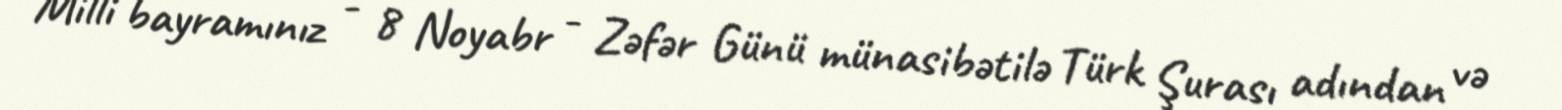
Milli bayramınız - 8 Noyabr - Zəfər Günü münasibətilə Türk Şurası adından və